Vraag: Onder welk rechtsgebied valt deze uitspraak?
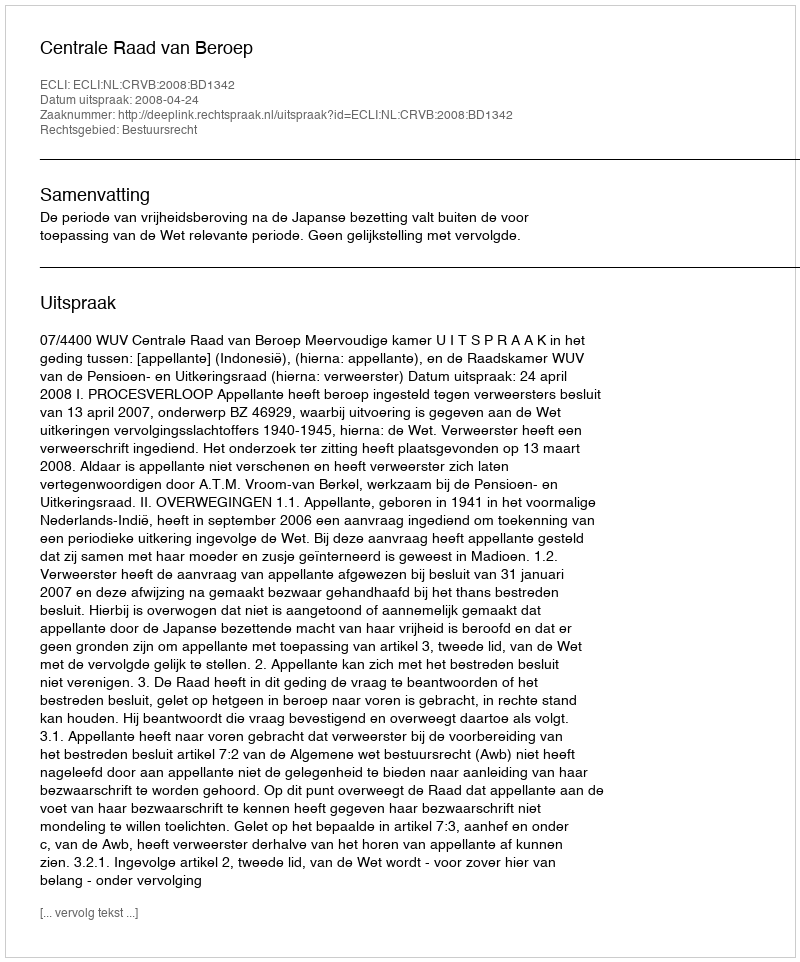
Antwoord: Bestuursrecht